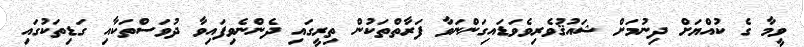
ވީމާ ގެ ކުއްޔަށް ދިނުމަށް ޝައުޤުވެރިވެވަޑައިގަންނަވާ ފަރާތްތަކުން ތިރީގައި ދެންނެވިފައިވާ ދުވަސްތަކާއި ގަޑިތަކުގައި